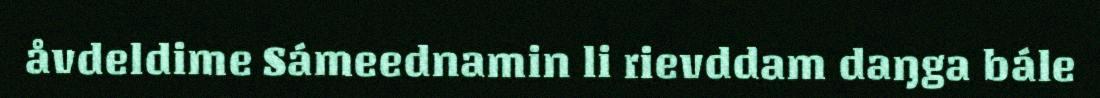
åvdeldime Sámeednamin li rievddam daŋga bále